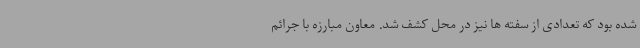
شده بود که تعدادی از سفته ها نیز در محل کشف شد. معاون مبارزه با جرائم